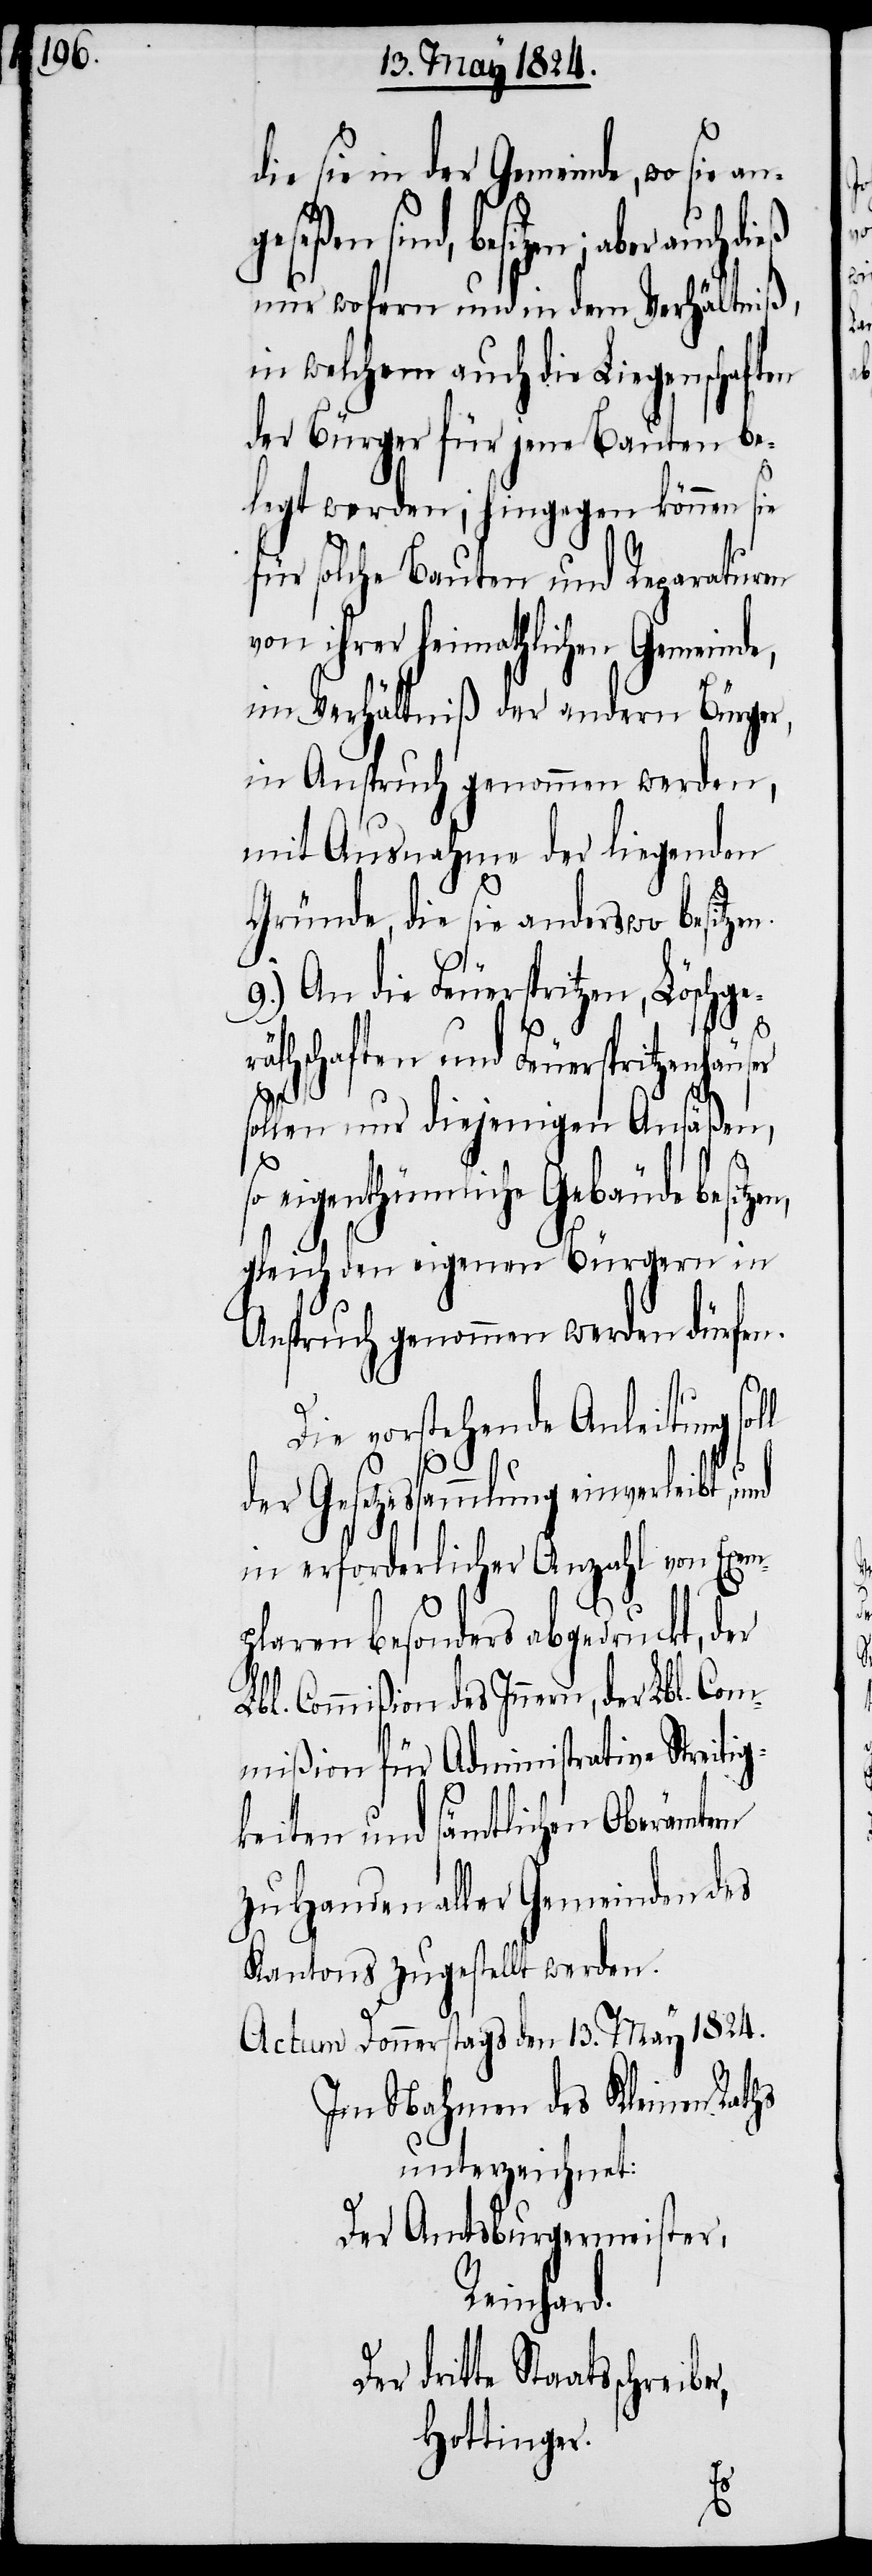
die sie in der Gemeinde, wo sie
die Feuerspritzen, Löschger¬
nur wofern und in dem Verhältniß,
in welchem auch die Liegenschaften
der Bürger für jene Bauten be¬
legt werden; hingegen können sie
für solche Bauten und Reparaturen
von ihrer heimathlichen Gemeinde,
im Verhältniß der andern Bürger,
in Anspruch genommen werden,
mit Ausnahme der liegenden
Gründe, die sie anderswo besitz¬
äthschaften und Feuerspritzenhäus¬
sollen nur diejenigen Ansäßen,
so eigenthümliche Gebäude
gleich den eigenen Bürgern in
Anspruch genommen werden dürfen.
Die vorstehende Anleitung
der Gesetzessammlung einverleibt, und
in erforderlicher Anzahl von Exem¬
plaren besonders abgedruckt, der
Lbl. Commißion des Innern, der Lbl. Co¬
mmißion für Administrative Streitig¬
keiten und sämtlichen Oberämtern
zu Handen aller Gemeinden des
Kantons zugestellt werden.
Actum Donnerstag den 13, May 1824.
Im Nahmen des Kleinen Raths
unterzeichnet:
Der Amtsburgermeister,
Reinhard.
dritte Staatsschreiber,
Hottinger.